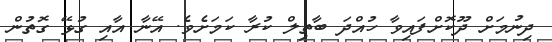
ދިނުމަށް ދޫކޮށްފައިވާ ހުއްދަ ބާތިލް ކުރާ ކަމަށެވެ. އޭނާ އާއި ގުޅޭ ގޮތުން